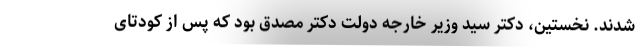
شدند. نخستین، دکتر سید وزیر خارجه دولت دکتر مصدق بود که پس از کودتای